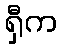
ရှီက